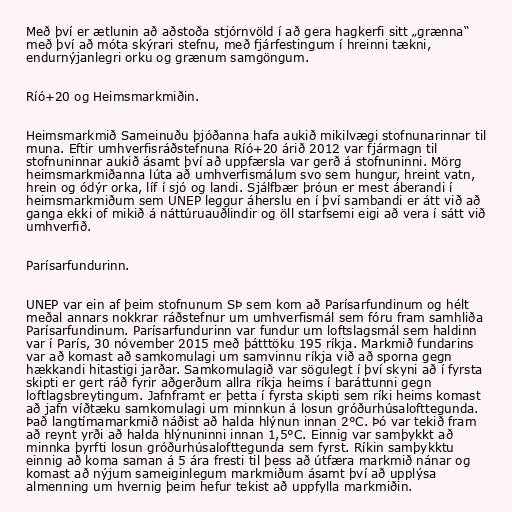
Með því er ætlunin að aðstoða stjórnvöld í að gera hagkerfi sitt „grænna“
með því að móta skýrari stefnu, með fjárfestingum í hreinni tækni,
endurnýjanlegri orku og grænum samgöngum.

Ríó+20 og Heimsmarkmiðin.

Heimsmarkmið Sameinuðu þjóðanna hafa aukið mikilvægi stofnunarinnar til
muna. Eftir umhverfisráðstefnuna Ríó+20 árið 2012 var fjármagn til
stofnuninnar aukið ásamt því að uppfærsla var gerð á stofnuninni. Mörg
heimsmarkmiðanna lúta að umhverfismálum svo sem hungur, hreint vatn,
hrein og ódýr orka, líf í sjó og landi. Sjálfbær þróun er mest áberandi í
heimsmarkmiðum sem UNEP leggur áherslu en í því sambandi er átt við að
ganga ekki of mikið á náttúruauðlindir og öll starfsemi eigi að vera í sátt við
umhverfið.

Parísarfundurinn.

UNEP var ein af þeim stofnunum SÞ sem kom að Parísarfundinum og hélt
meðal annars nokkrar ráðstefnur um umhverfismál sem fóru fram samhliða
Parísarfundinum. Parísarfundurinn var fundur um loftslagsmál sem haldinn
var í París, 30 nóvember 2015 með þátttöku 195 ríkja. Markmið fundarins
var að komast að samkomulagi um samvinnu ríkja við að sporna gegn
hækkandi hitastigi jarðar. Samkomulagið var sögulegt í því skyni að í fyrsta
skipti er gert ráð fyrir aðgerðum allra ríkja heims í baráttunni gegn
loftlagsbreytingum. Jafnframt er þetta í fyrsta skipti sem ríki heims komast
að jafn víðtæku samkomulagi um minnkun á losun gróðurhúsalofttegunda.
Það langtímamarkmið náðist að halda hlýnun innan 2°C. Þó var tekið fram
að reynt yrði að halda hlýnuninni innan 1,5°C. Einnig var samþykkt að
minnka þyrfti losun gróðurhúsalofttegunda sem fyrst. Ríkin samþykktu
einnig að koma saman á 5 ára fresti til þess að útfæra markmið nánar og
komast að nýjum sameiginlegum markmiðum ásamt því að upplýsa
almenning um hvernig þeim hefur tekist að uppfylla markmiðin.